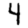
Digit: 4